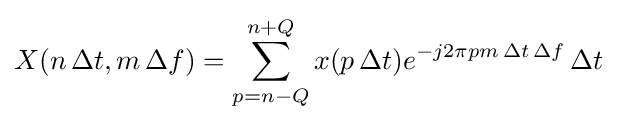
X(n\,\Delta t,m\,\Delta f)=\sum _{p=n-Q}^{n+Q}x(p\,\Delta t)e^{-j2\pi pm\,\Delta t\,\Delta f}\,\Delta t